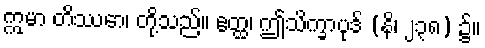
ဣမာ တိဿော၊ တို့သည်။ ဧတ္ထ၊ ဤသိက္ခာပုဒ် (နိ၊ ၂၃၈) ၌။